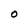
Character: 0